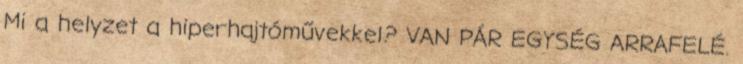
Mi a helyzet a hiperhajtóművekkel? VAN PÁR EGYSÉG ARRAFELÉ.